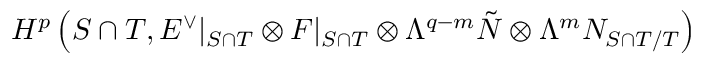
H ^ { p } \left( { S \cap T } , { \cal E } ^ { \vee } | _ { S \cap T } \otimes { \cal F } | _ { S \cap T } \otimes \Lambda ^ { q - m } \tilde { N } \otimes \Lambda ^ { m } N _ { S \cap T / T } \right)